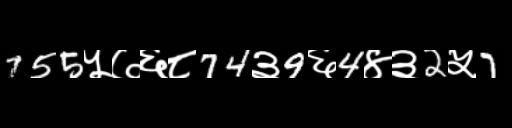
Text: 755५७६८74३9६4४३2५7